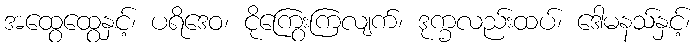
အထွေထွေနှင့်၊ ပရိဒေဝ၊ ငိုကြွေးကြလျက်၊ ဒုက္ခလည်းထပ်၊ ဒေါမနသ်နှင့်၊